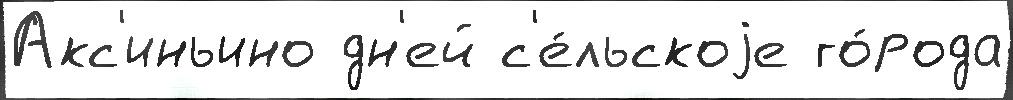
Акс'иньино дн'ей с'е́льскоjе го́рода